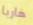
هاربا